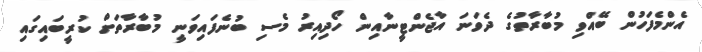
އެންމެފަހުން ބޭއްވި މުބާރާތުގެ ދެވަނަ އާޖެންޓީނާއިން ހޯދިއިރު މެސި ބުނެފައިވަނީ މުބާރާތަށް ކުރީބައިގައި